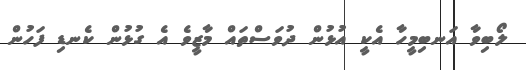
ލޯބިވާ އަނބިމީހާ އެކީ އުޅުން ދުވަސްތައް މާޒީވެ އެ ގުޅުން ކެނޑި ފަހުން